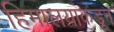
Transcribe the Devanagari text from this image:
हिमालयाकडून